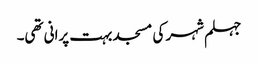
جہلم شہر کی مسجد بہت پرانی تھی۔